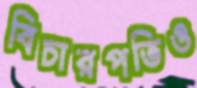
বিচারপতিও